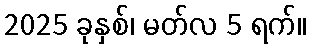
2025 ခုနှစ်၊ မတ်လ 5 ရက်။